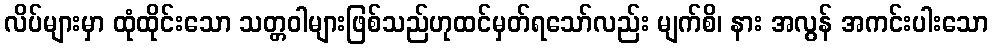
လိပ်များမှာ ထုံထိုင်းသော သတ္တဝါများဖြစ်သည်ဟုထင်မှတ်ရသော်လည်း မျက်စိ၊ နား အလွန် အကင်းပါးသော